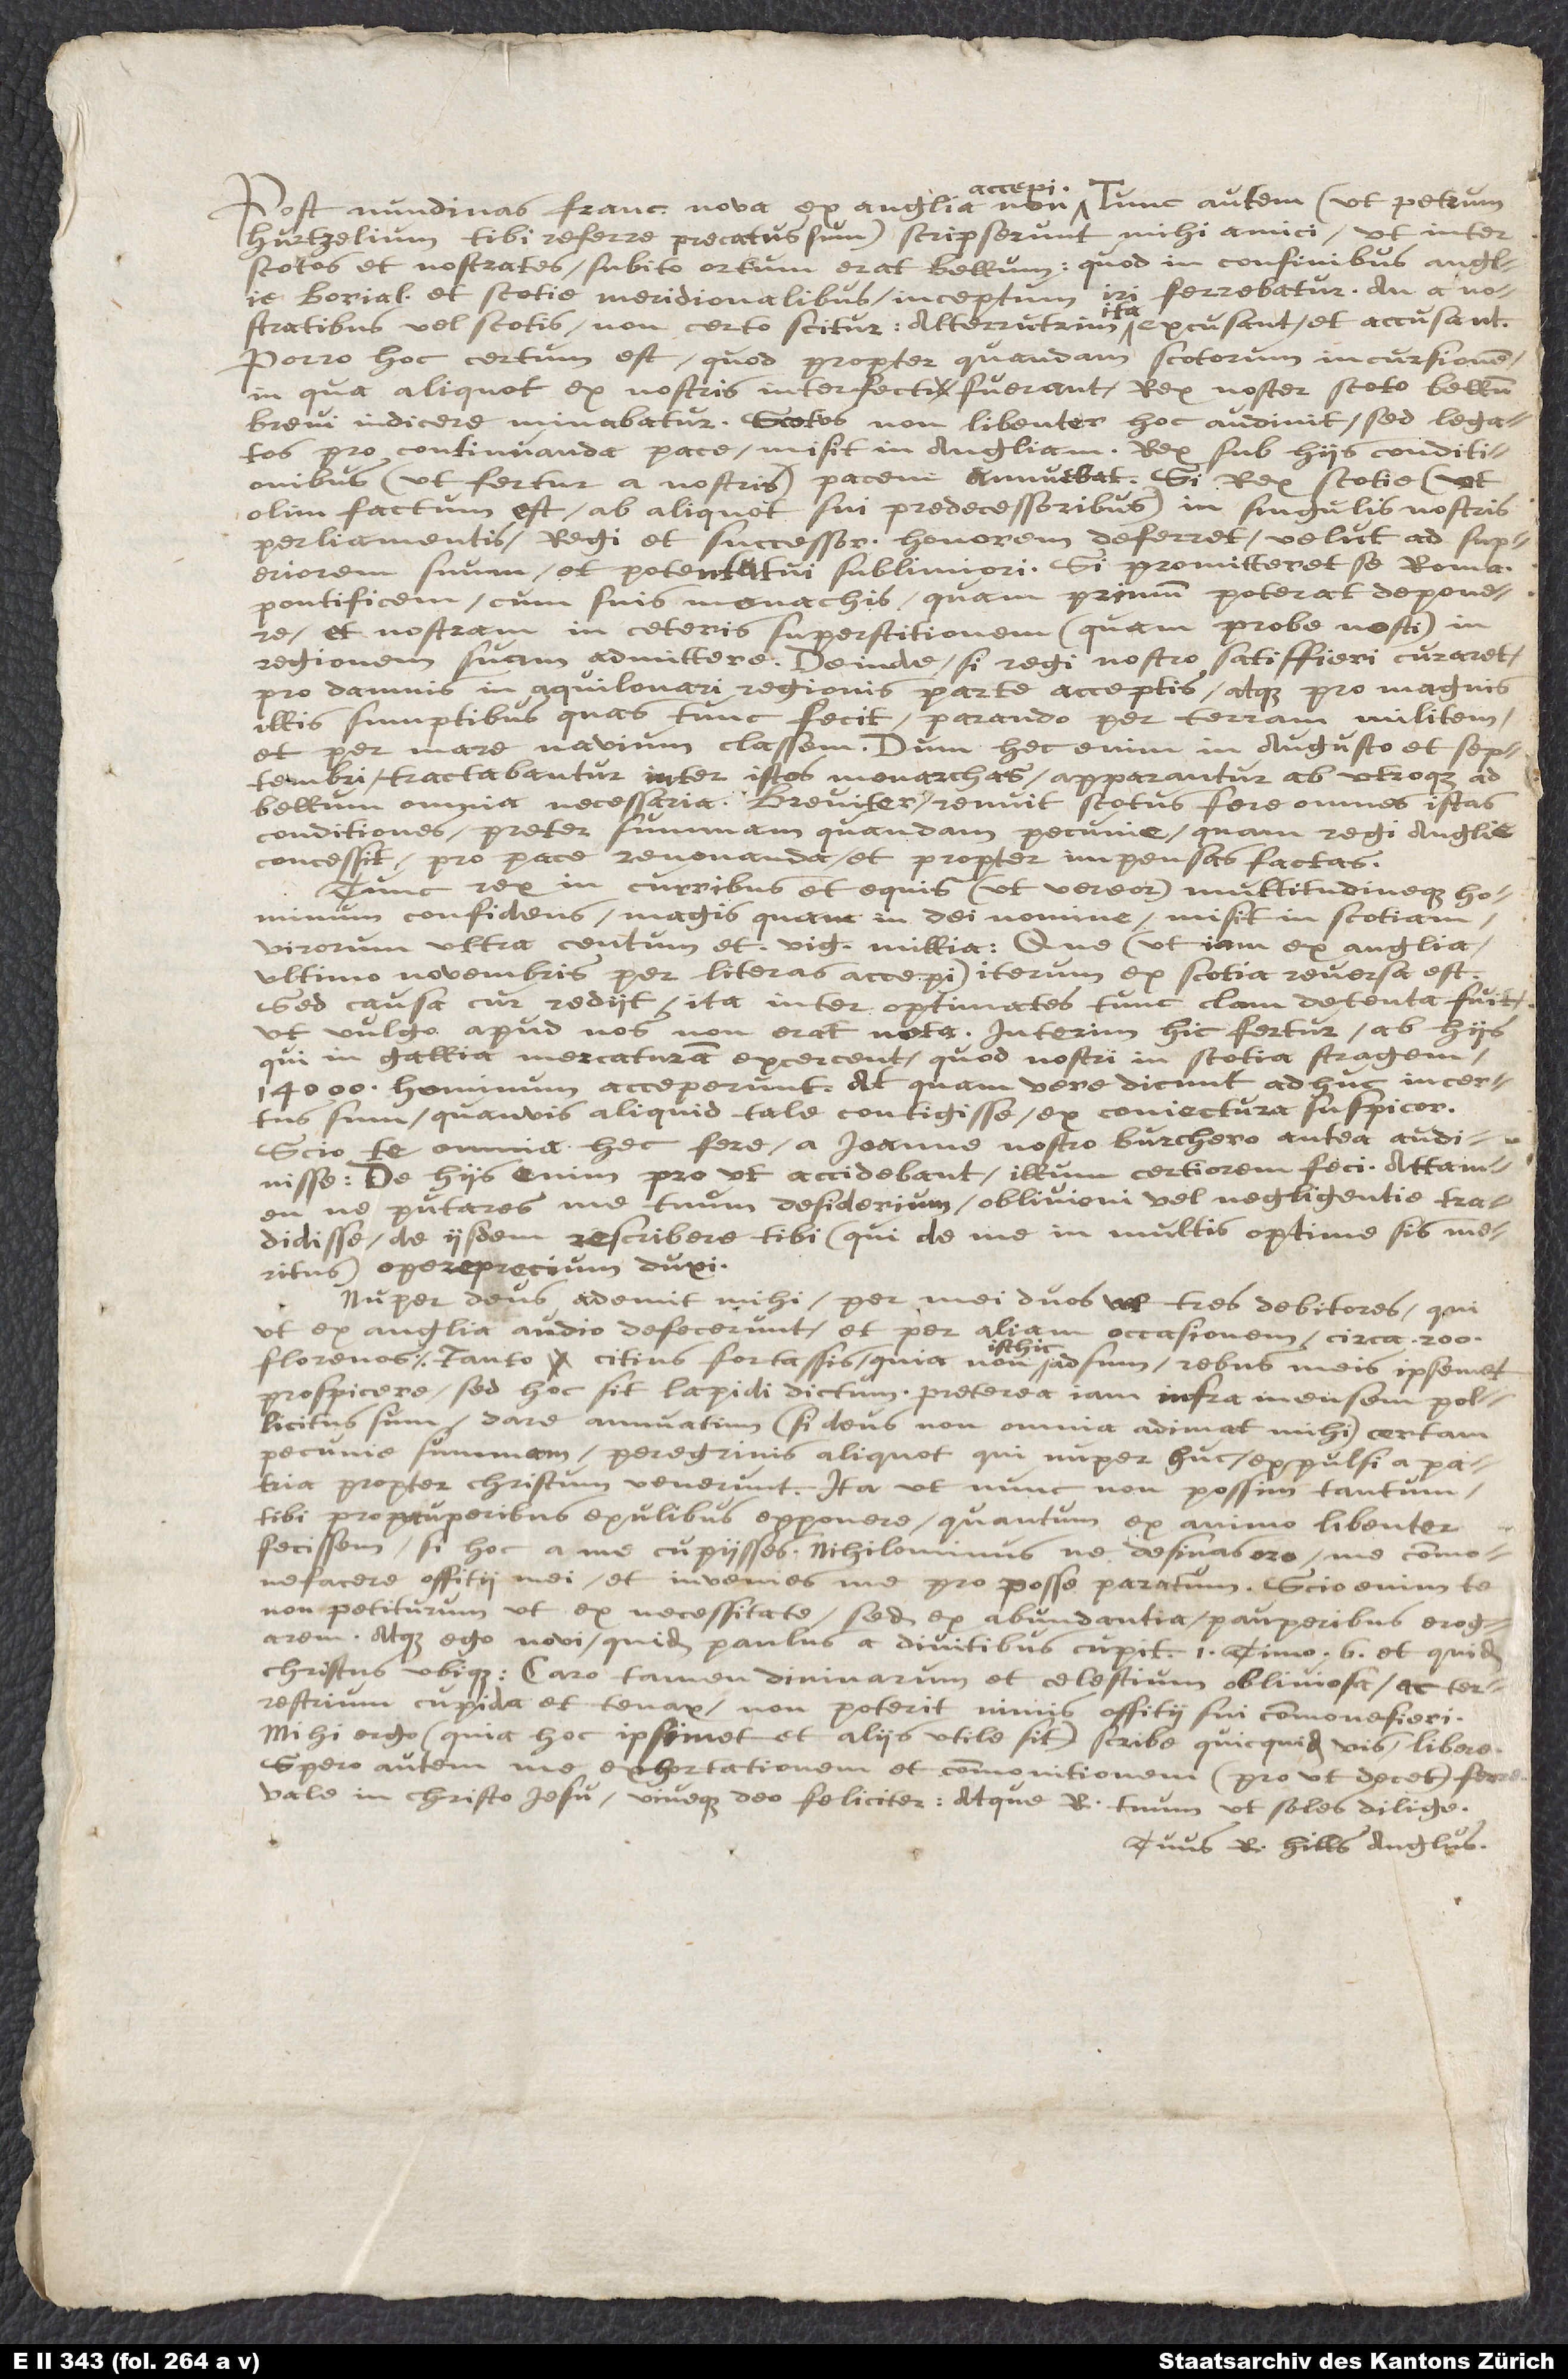
accepi;
Post nundinas Francofordianas nova ex Anglia non accepi. Tunc autem (ut Petrum
Hürtzelium tibi referre precatus sum) scripserunt mihi amici, ut inter
Scotos et nostrates subito ortum erat bellum, quod in confinibus Angliae
borealibus et Scoti meridionalibus inceptum iri ferebatur; an a
nostratibus vel Scotis, non certo scitur: alterutrim ita excusant et accusant.
Porro hoc certum est, quod propter quandam Scotorum incursionem,
in qua aliquot ex nostris interfecti fuerant, rex noster Scoto bellum
brevi indicere minabatur. Scotus non libenter hoc audivit, sed legatos
pro continuanda pace misit in Angliam. Rex sub his conditionibus
(ut fertur a nostris) pacem annuebat: si rex Scotiae (ut
olim factum est ab aliquot sui praedecessoribus) in singulis nostris
parlamentis regi et successoribus honorem deferret, velut ad superiorem
suum et potentatui sublimiori: si promitteret se Romanum
pontificem cum suis monachis, quamprimum poterat, deponere,
et nostram in ceteris superstitionem (quam probe nosti) in
regionem suam admittere: deinde si regi nostro satisfieri curaret
pro damnis in aquilonari regionis parte acceptis, atque pro magnis
illis sumptibus quos tunc fecit parando per terram militem
per mare navium classem. Dum haec enim in Augusto et Septembri
tractabantur inter istos monarchas, apparantur ab utroque ad
bellum omnia necessaria. Breviter renuit Scotus fere omnes istas
conditiones praeter summam quandam pecuniae, quam regi Angliae
concessit pro pace renovanda et propter impensas factas.
Tunc rex, in curribus et equis (ut vereor) multitudineque hominum
confidens magis quam in Dei nomine, misit in Scotiam
virorum ultra centum et viginti millia; quae (ut jam ex Anglia
ultimo Novembris per literas accepi) iterum ex Scotia reversa est:
sed causa cur rediit ita inter optimates tunc clam detenta fuit,
ut vulgo apud nos non erat nota. Interim hic fertur ab his,
qui in Gallia mercaturam exercent, quod nostri in Scotia stragem
14000 hominum acceperunt. At quam vere dicunt adhuc incertus
sum, quamvis aliquid tale contigisse ex conjectura suspicor.
Scio te omnia haec fere a Joanne nostro Burchero antea audivisse:
de his enim, prout accidebant, illum certiorem feci. Attamen
ne putares me tuum desiderium oblivioni vel negligentiae tradidisse,
de iisdem rescribere tibi (qui de me in multis optime sis meritus)
operae pretium duxi.
Nuper Deus ademit mihi per mei duos vel tres debitores, qui
(ut ex Anglia audio) defecerunt, et per aliam occasionem, circa 200
fiorenos, tanto citius fortassis, quia non isthic adsum rebus meis ipsemet
prospicere: sed hoc sit lapidi dictum. Praeterea jam infra mensem pollicitus
dare annuatim (si Deus non omnia adimat mihi) certam
pecuniae summam peregrinis aliquot, qui nuper hic, expulsi e patria
propter Christum, venerunt: ita ut nunc non possim tantum
tibi pro pauperibus exulibus exponere, quantum ex animo libenter
fecissem, si hoc a me cupiisses. Nihilominus ne desinas, oro, me commonefacere
officii mei, et invenies me pro posse paratam. Scio enim te
non petiturum, ut ex necessitate sed ex abundantia pauperibus erogarem.
Atque ego novi quid Paulus a divitibus cupit 1 Timoth. 6, et quid
Christus ubique. Caro tamen, divinarum et coelestium obliviosa, ac terrestrium
cupida et tenax, non poterit nimis officii sui commonefieri.
Mihi ergo (quia hoc ipsum et aliis utile sit) scribe quicquid vis libere.
Spero autem me exhortationem et commonitionem prout decet ferre.
Vale in Christo Jesu, viveque Deo feliciter: atque Ricardum tuum, ut soles, dilige.